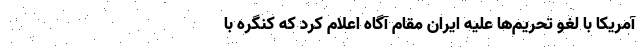
آمریکا با لغو تحریم‌ها علیه ایران مقام آگاه اعلام کرد که کنگره با